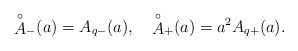
\begin{align*}{\mathop{A}^\circ}_-(a)=A_{q-}(a), \quad{\mathop{A}^\circ}_+(a)=a^2A_{q+}(a) .\end{align*}